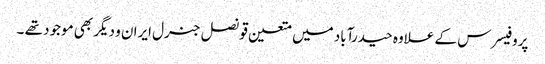
پروفیسرس کے علاوہ حیدرآباد میں متعین قونصل جنرل ایران و دیگر بھی موجود تھے ۔